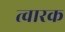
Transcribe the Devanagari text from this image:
त्वारक